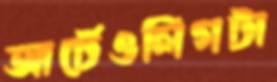
আর্টেওলিগটা